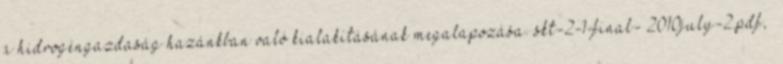
a hidrogéngazdaság hazánkban való kialakításának megalapozása. skt-2-1-final- 2010july-2.pdf,